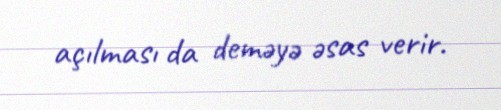
açılması da deməyə əsas verir.